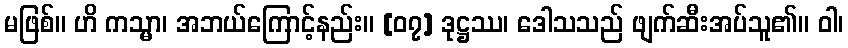
မဖြစ်။ ဟိ ကသ္မာ၊ အဘယ်ကြောင့်နည်း။ [၀၇] ဒုဋ္ဌဿ၊ ဒေါသသည် ဖျက်ဆီးအပ်သူ၏။ ဝါ၊